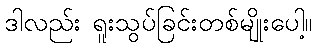
ဒါလည်း ရူးသွပ်ခြင်းတစ်မျိုးပေါ့။